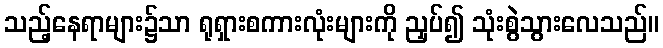
သည့်နေရာများ၌သာ ရုရှားစကားလုံးများကို ညှပ်၍ သုံးစွဲသွားလေသည်။